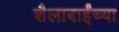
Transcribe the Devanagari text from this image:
शैलाबाईंच्या